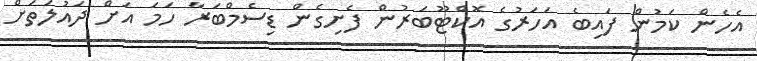
އެހެން ކަމުން ފައިބެ އަހަރުގެ އޮކްޓޫބަރުން ފެށިގެން ޑިސެމްބަރާ ހަމަ އަށް ދައުލަތަށް